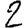
Digit: 2